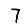
Digit: 7